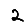
Digit: 2